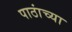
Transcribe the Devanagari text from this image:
पाठांच्या